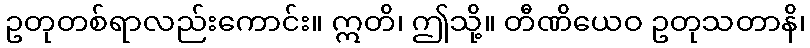
ဥတုတစ်ရာလည်းကောင်း။ ဣတိ၊ ဤသို့။ တီဏိယေဝ ဥတုသတာနိ၊